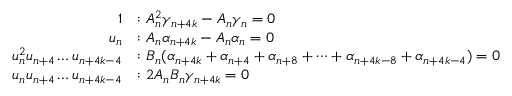
\begin{array} { r l } { 1 } & { : A _ { n } ^ { 2 } \gamma _ { n + 4 k } - A _ { n } \gamma _ { n } = 0 } \\ { u _ { n } } & { : A _ { n } \alpha _ { n + 4 k } - A _ { n } \alpha _ { n } = 0 } \\ { u _ { n } ^ { 2 } u _ { n + 4 } \dots u _ { n + 4 k - 4 } } & { : B _ { n } ( \alpha _ { n + 4 k } + \alpha _ { n + 4 } + \alpha _ { n + 8 } + \dots + \alpha _ { n + 4 k - 8 } + \alpha _ { n + 4 k - 4 } ) = 0 } \\ { u _ { n } u _ { n + 4 } \dots u _ { n + 4 k - 4 } } & { : 2 A _ { n } B _ { n } \gamma _ { n + 4 k } = 0 } \end{array}